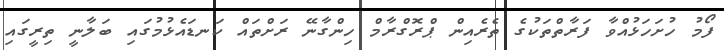
ފޯމު ހުށަހަޅުއްވާ ފަރާތްތަކުގެ ތެރެއިން ޕްރޮގްރާމް ހިންގާނޭ ރަށްތައް ކަނޑައެޅުމުގައި ބަލާނީ ތިރީގައި